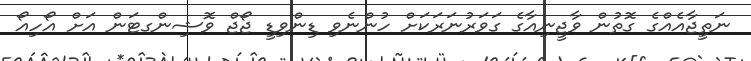
ނަތީޖާއެއްގެ ގޮތުން ވާޖީނިއާގެ ގަވަރުނަރަކަށް ހުންނެވި ޑިންވިޑީ ޖޯޖް ވޮޝިންގޓަން އަށް އޯހިއޯ